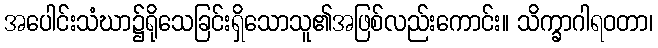
အပေါင်းသံဃာ၌ရိုသေခြင်းရှိသောသူ၏အဖြစ်လည်းကောင်း။ သိက္ခာဂါရဝတာ၊